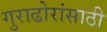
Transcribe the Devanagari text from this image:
गुराढोरांसाठी